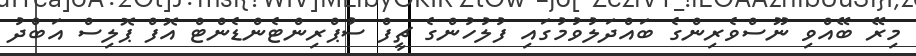
މިރޭ ބޭއްވި ނޫސްވެރިންގެ ބައްދަލުވުމުގައި ފުލުހުންގެ ޗީފް ސުޕްރިންޓެންޑެންޓް އޮފް ޕޮލިސް އަބްދު